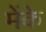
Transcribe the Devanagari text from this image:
मेंके